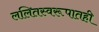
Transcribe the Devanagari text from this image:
ललितस्वरूपातही